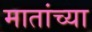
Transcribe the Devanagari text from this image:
मातांच्या